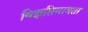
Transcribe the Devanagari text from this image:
विज्ञप्तिमात्रता